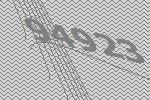
94923